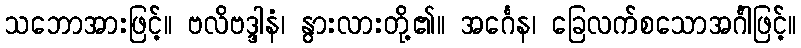
သဘောအားဖြင့်။ ဗလိဗဒ္ဒါနံ၊ နွားလားတို့၏။ အင်္ဂေန၊ ခြေလက်စသောအင်္ဂါဖြင့်။